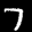
Label: 7